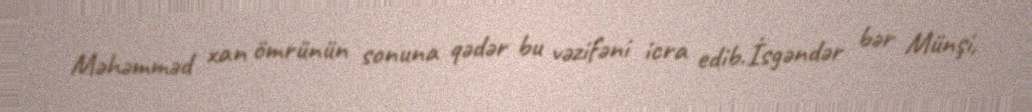
Məhəmməd xan ömrünün sonuna qədər bu vəzifəni icra edib.İsgəndər bər Münşi,